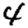
Digit: 4